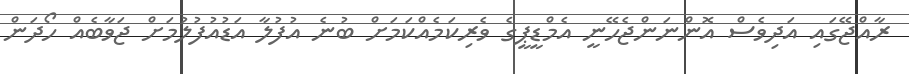
ރާއްޖޭގައި އަދިވެސް އޮންނަންޖެހޭނީ އެމްޑީޕީގެ ވެރިކަމެއްކަމަށް ބުނެ އުފުލާ އަޑުއުފުލުމަށް ޖަވާބެއް ހޯދަން